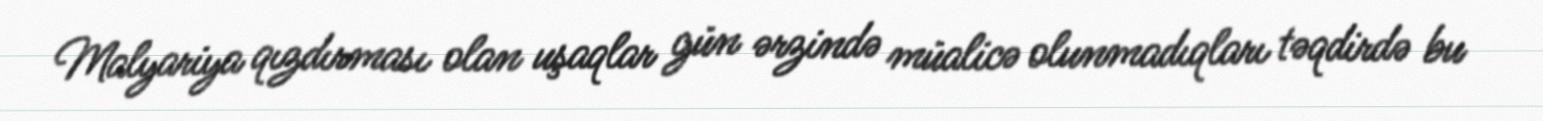
Malyariya qızdırması olan uşaqlar gün ərzində müalicə olunmadıqları təqdirdə bu